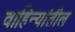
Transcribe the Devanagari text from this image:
वाहिन्यांतील